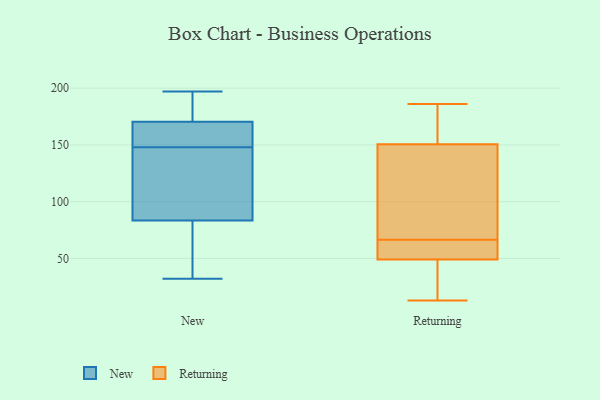
{"axis": {"x": "Humidity (%)", "y": "Value"}, "legend": ["New", "Returning"], "data": [{"x": "", "y": 182, "type": "New"}, {"x": "", "y": 161, "type": "New"}, {"x": "", "y": 32, "type": "New"}, {"x": "", "y": 163, "type": "New"}, {"x": "", "y": 148, "type": "New"}, {"x": "", "y": 183, "type": "New"}, {"x": "", "y": 154, "type": "New"}, {"x": "", "y": 85, "type": "New"}, {"x": "", "y": 94, "type": "New"}, {"x": "", "y": 173, "type": "New"}, {"x": "", "y": 141, "type": "New"}, {"x": "", "y": 83, "type": "New"}, {"x": "", "y": 176, "type": "New"}, {"x": "", "y": 75, "type": "New"}, {"x": "", "y": 149, "type": "New"}, {"x": "", "y": 70, "type": "New"}, {"x": "", "y": 141, "type": "New"}, {"x": "", "y": 197, "type": "New"}, {"x": "", "y": 35, "type": "New"}, {"x": "", "y": 46, "type": "Returning"}, {"x": "", "y": 30, "type": "Returning"}, {"x": "", "y": 52, "type": "Returning"}, {"x": "", "y": 141, "type": "Returning"}, {"x": "", "y": 13, "type": "Returning"}, {"x": "", "y": 119, "type": "Returning"}, {"x": "", "y": 172, "type": "Returning"}, {"x": "", "y": 160, "type": "Returning"}, {"x": "", "y": 59, "type": "Returning"}, {"x": "", "y": 66, "type": "Returning"}, {"x": "", "y": 186, "type": "Returning"}, {"x": "", "y": 67, "type": "Returning"}]}